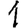
Digit: 1